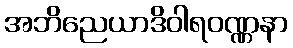
အဘိညေယာဒိဝါရဝဏ္ဏနာ